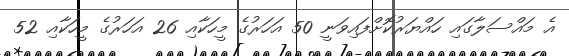
އެ މައްސަލާގައި ހައްޔަރުކޮށްފައިވަނީ 50 އަހަރުގެ މީހަކާއި 26 އަހަރުގެ މީހަކާއި 52